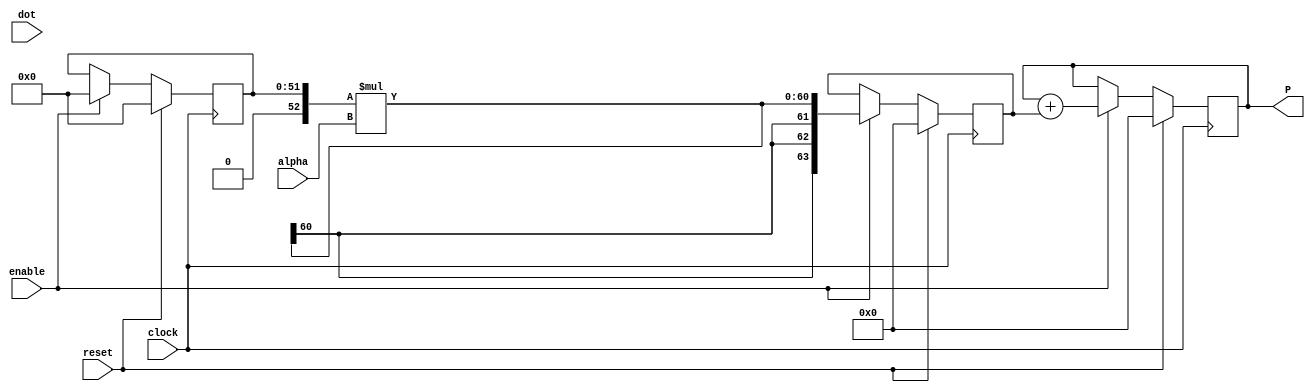
`timescale 1ns / 1ps
//////////////////////////////////////////////////////////////////////////////////
// Company: 
// Engineer: 
// 
// Design Name: 
// Module Name:    kernelModule 
// Project Name: 
// Target Devices: 
// Tool versions: 
// Description: 
//
// Dependencies: 
//
// Revision: 
// Revision 0.01 - File Created
// Additional Comments: 
//
//////////////////////////////////////////////////////////////////////////////////
(* USE_DSP48="NO" *)module kernelModule(clock,reset,enable,dot,alpha,P);

localparam cutOff=0;

parameter bitwidth=26;
localparam squareBitwidth=2*bitwidth;
parameter alphaBitwidth=8;
parameter Pbitwidth=64;

input clock,reset,enable;

(* KEEP="TRUE" *)input signed[bitwidth-1:0] dot;
(* KEEP="TRUE" *)input signed[alphaBitwidth-1:0] alpha;

(* KEEP="TRUE" *)reg [squareBitwidth-1:0] dotSquare=0;

(* KEEP="TRUE" *)reg signed[Pbitwidth-1:0] Pstage1=0;
//reg signed[Pbitwidth-1:0] Pstage2=0;
wire signed[Pbitwidth-1:0] Pstage2=0;
(* KEEP="TRUE" *)output reg signed[Pbitwidth-1:0] P=0;
	assign Pstage2=dot;
	always@(posedge clock)begin
			
		if(reset)begin
			dotSquare <= 0;
			Pstage1 <= 0;
			P <= 0;
		end
		else
			if(enable)begin
				dotSquare <= dot*dot;
				Pstage1 <= $signed({1'b0,dotSquare})*alpha;
				//Pstage1 <= dotSquare*alpha;
				//Pstage2 <= Pstage1;
				P <= $signed(P) +  $signed(Pstage1);
				//P <= P +  Pstage1;
			end
	end

endmodule